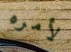
لأمره